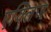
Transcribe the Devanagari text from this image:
एक्लिज